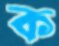
ক